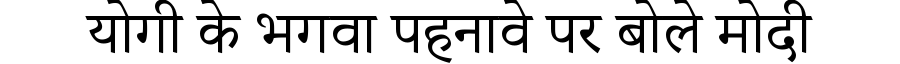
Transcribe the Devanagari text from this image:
योगी के भगवा पहनावे पर बोले मोदी